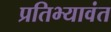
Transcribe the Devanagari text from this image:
प्रतिभ्यावंत